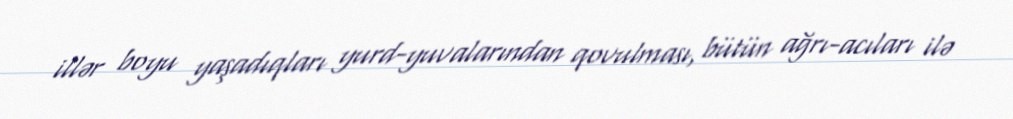
illər boyu yaşadıqları yurd-yuvalarından qovulması, bütün ağrı-acıları ilə